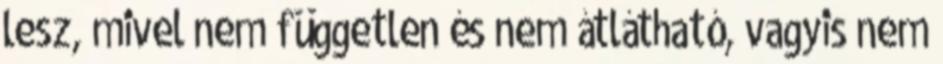
lesz, mivel nem független és nem átlátható, vagyis nem